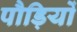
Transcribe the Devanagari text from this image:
पौड़ियों